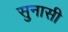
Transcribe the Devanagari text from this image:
सुनासी